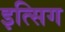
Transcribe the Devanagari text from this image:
इत्सिग